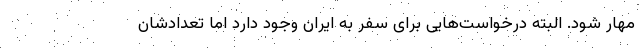
مهار شود. البته درخواست‌هایی برای سفر به ایران وجود دارد اما تعدادشان